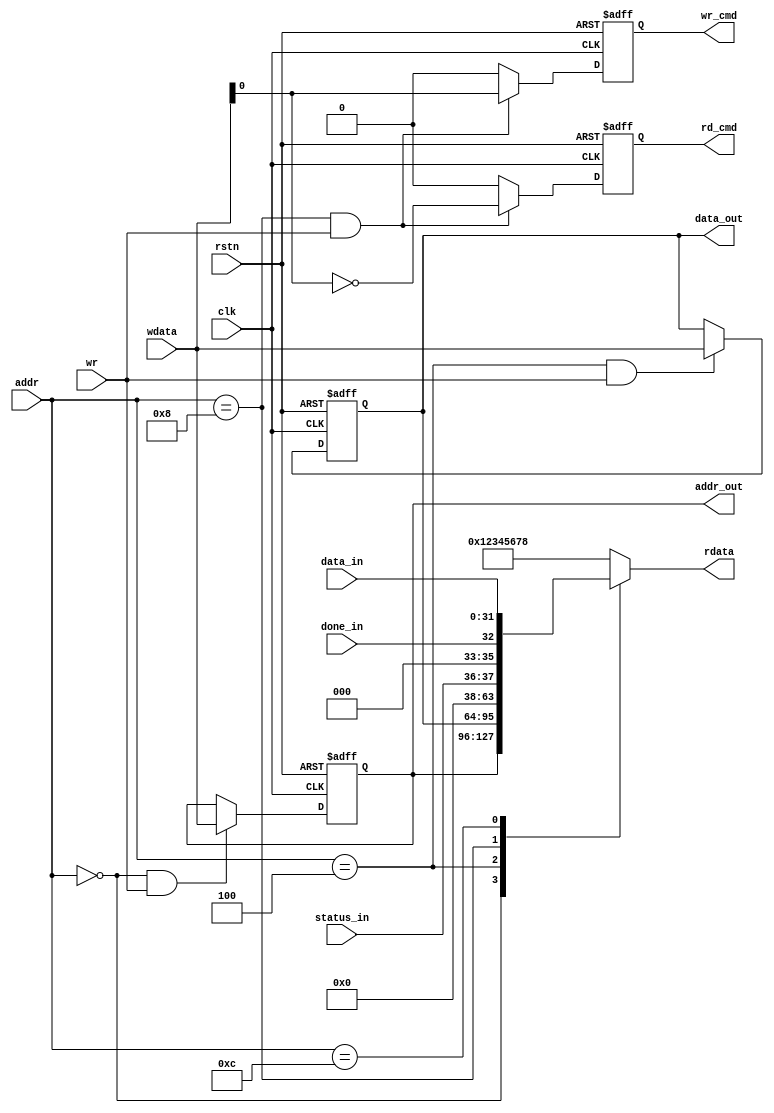
module axi_mst_cmd
(
	input					rstn, clk, 
	input		[15:0]		addr,
	input					wr,
	input		[31:0]		wdata,
	output	reg	[31:0]		rdata,
	
	output	reg	[31:0]		addr_out,
	output	reg	[31:0]		data_out,
	output  reg             wr_cmd,
	output  reg             rd_cmd,
	
	input                   done_in,
	input      [1:0]        status_in,
	input		[31:0]		data_in
);

// arress_reg   : 0x0000    // write write or read address
// wdata_reg    : 0x0004    // write write data
// cmd_reg      : 0x0008    //write 0/1  , bit[0] ? wrire : read, 

// read_reg     : 0x0008    //[0]->done, [5:4]->status
// read_reg     : 0x000C    //rd_data
                
localparam      ADDR_REG    = 16'h0000;
localparam      WDATA_REG   = 16'h0004;
localparam      CMD_STS_REG = 16'h0008; 
localparam      RDATA_REG   = 16'h000C;

wire        addr_reg_en;
wire        wdata_reg_en;
wire        cmd_sts_reg_en;
wire        rdata_reg_en;

assign addr_reg_en = (addr==ADDR_REG);
assign wdata_reg_en = (addr==WDATA_REG);
assign cmd_sts_reg_en = (addr==CMD_STS_REG);
assign rdata_reg_en = (addr==RDATA_REG);
	
always @(posedge clk, negedge rstn)
	if (!rstn)
        addr_out <= 32'h0;
	else if (addr_reg_en & wr)
		addr_out <= wdata;

always @(posedge clk, negedge rstn)
	if (!rstn)
        data_out <= 32'h0;
	else if (wdata_reg_en & wr)
		data_out <= wdata;
 
always @(posedge clk, negedge rstn)
	if (!rstn) begin
	   wr_cmd <= 1'b0;
	   rd_cmd <= 1'b0;
    end
	else if (cmd_sts_reg_en & wr) begin
	   wr_cmd <= wdata[0];
	   rd_cmd <= ~wdata[0];
    end
    else begin
	   wr_cmd <= 1'b0;
	   rd_cmd <= 1'b0;
    end
 
//
always @(addr, addr_out, data_out, status_in, done_in, data_in)
    case (addr)
        ADDR_REG        : rdata = addr_out;
        WDATA_REG       : rdata = data_out;
        CMD_STS_REG     : rdata = {26'b0, status_in, 3'b0, done_in};
        RDATA_REG       : rdata = data_in;
        default         : rdata = 32'h12345678;
    endcase
    
endmodule